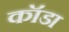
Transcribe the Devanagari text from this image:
कॉडा